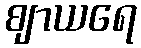
ဈာယရေ